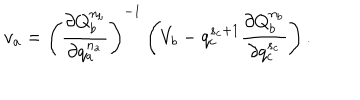
LaTeX: v _ { a } = \left( \frac { \partial Q _ { b } ^ { n _ { b } } } { \partial q _ { a } ^ { n _ { a } } } \right) ^ { - 1 } \left( V _ { b } - q _ { c } ^ { s _ { c } + 1 } \frac { \partial Q _ { b } ^ { n _ { b } } } { \partial q _ { c } ^ { s _ { c } } } \right) .